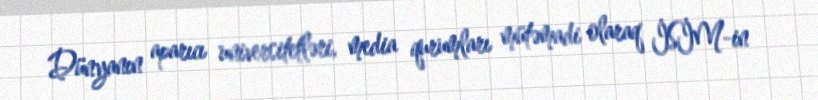
Dünyanın aparıcı universitetləri, media qurumları mütəmadi olaraq İSİM-in